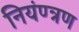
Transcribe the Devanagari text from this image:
नियंण्त्रण